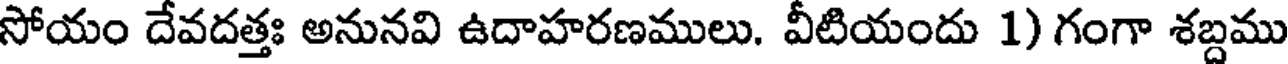
సోయం దేవదత్తః అనునవి ఉదాహరణములు. వీటియందు 1) గంగా శబ్దము